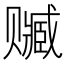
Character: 𰷭